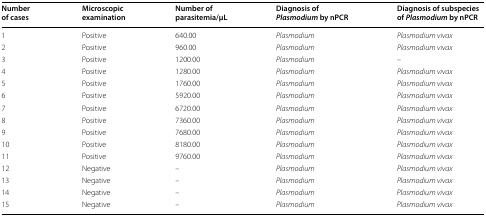
| Number of cases | Microscopic examination | Number of parasitemia/μL | Diagnosis of Plasmodium by nPCR | Diagnosis of subspecies of Plasmodium by nPCR |
 | --- | --- | --- | --- | --- |
 | 1 | Positive | 640.00 | Plasmodium | Plasmodium vivax |
 | 2 | Positive | 960.00 | Plasmodium | Plasmodium vivax |
 | 3 | Positive | 1200.00 | Plasmodium | – |
 | 4 | Positive | 1280.00 | Plasmodium | Plasmodium vivax |
 | 5 | Positive | 1760.00 | Plasmodium | Plasmodium vivax |
 | 6 | Positive | 5920.00 | Plasmodium | Plasmodium vivax |
 | 7 | Positive | 6720.00 | Plasmodium | Plasmodium vivax |
 | 8 | Positive | 7360.00 | Plasmodium | Plasmodium vivax |
 | 9 | Positive | 7680.00 | Plasmodium | Plasmodium vivax |
 | 10 | Positive | 8180.00 | Plasmodium | Plasmodium vivax |
 | 11 | Positive | 9760.00 | Plasmodium | Plasmodium vivax |
 | 12 | Negative | – | Plasmodium | Plasmodium vivax |
 | 13 | Negative | – | Plasmodium | Plasmodium vivax |
 | 14 | Negative | – | Plasmodium | Plasmodium vivax |
 | 15 | Negative | – | Plasmodium | Plasmodium vivax |